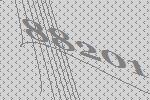
88201